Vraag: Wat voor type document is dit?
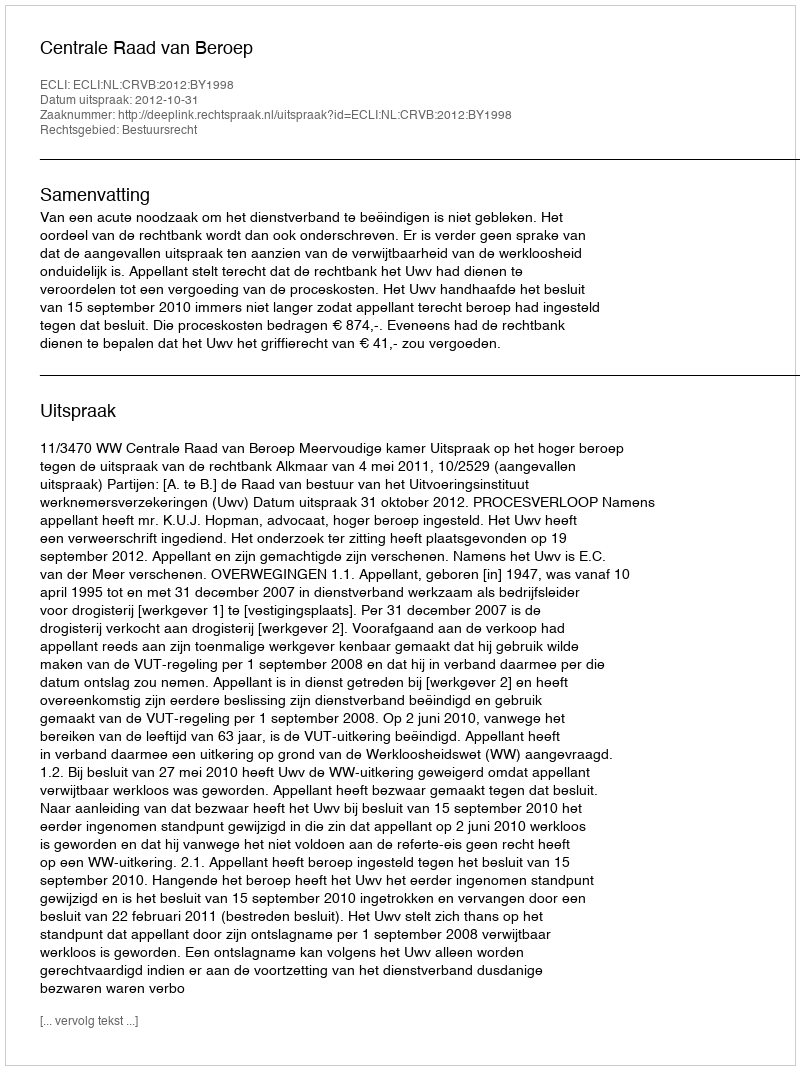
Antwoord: Uitspraak